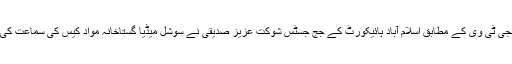
نجی ٹی وی کے مطابق اسلام آباد ہائیکورٹ کے جج جسٹس شوکت عزیز صدیقی نے سوشل میڈیا گستاخانہ مواد کیس کی سماعت کی۔